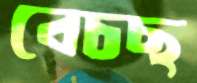
বেচছ